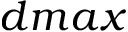
d m a x